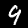
Digit: 9